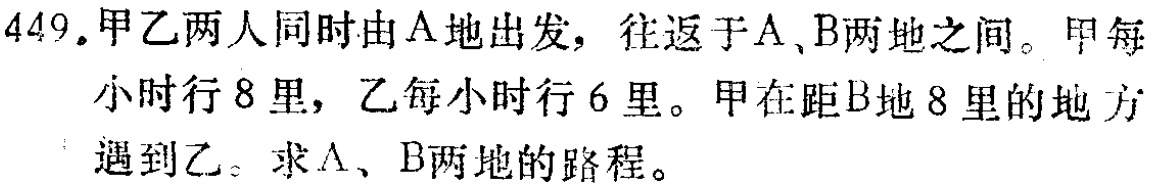
449.甲乙两人同时由A地出发，往返于A、B两地之间。甲每

小时行8里，乙每小时行6里。甲在距B地8里的地方

遇到乙。求A、B两地的路程。